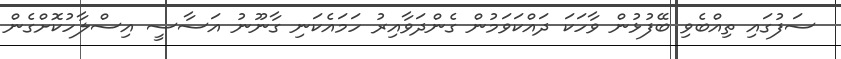
ސަފުގައި ތިއްބެވި ބޭފުޅުން ވާހަކަ ދައްކަވަމުން ގެންދަވާއިރު ހަމައެކަނި ގާނޫނު އަސާސީ އިސްލާހުކޮށްގެން